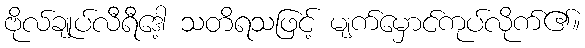
ဗိုလ်ချုပ်လီရီဒေါ့ သတိရသဖြင့် မျက်မှောင်ကုပ်လိုက်၏။